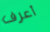
أعرف